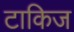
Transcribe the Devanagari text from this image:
टाकिज